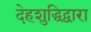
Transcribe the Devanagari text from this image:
देहशुद्धिद्वारा